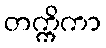
တက္ကိကာ